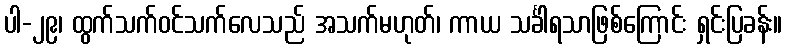
ပါ-၂၉၊ ထွက်သက်ဝင်သက်လေသည် အသက်မဟုတ်၊ ကာယ သင်္ခါရသာဖြစ်ကြောင်း ရှင်းပြခန်း။